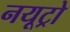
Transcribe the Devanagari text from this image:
नयूट्रो